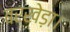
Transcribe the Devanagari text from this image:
बरखेड़ा।